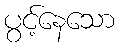
ပွင့်နေသော